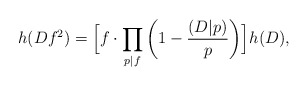
\begin{align*}h(Df^2) = \Bigl[f \cdot\prod_{{p|f}}\left(1-\frac{(D|p)}{p}\right)\Bigr]h(D),\end{align*}